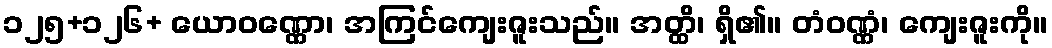
၁၂၅+၁၂၆+ ယောဝဏ္ဏော၊ အကြင်ကျေးဇူးသည်။ အတ္ထိ၊ ရှိ၏။ တံဝဏ္ဏံ၊ ကျေးဇူးကို။